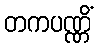
တကပဏ္ဏိံ